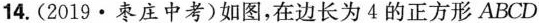
14.(2019 · 枣庄中考)如图，在边长为4的正方形ABCD